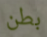
بطن